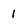
Character: 1